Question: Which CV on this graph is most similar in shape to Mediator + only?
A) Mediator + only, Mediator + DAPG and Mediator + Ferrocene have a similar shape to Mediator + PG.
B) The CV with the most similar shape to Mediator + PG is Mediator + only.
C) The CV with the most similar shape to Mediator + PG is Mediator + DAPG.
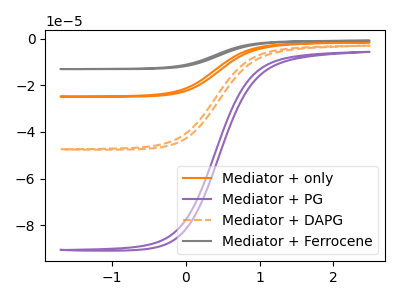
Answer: <think>The orange curve "Mediator + only" has no peaks. The purple curve "Mediator + PG" has no peaks. The orange dashed curve "Mediator + DAPG" has no peaks. The gray curve "Mediator + Ferrocene" has no peaks.
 Neither "Mediator + only" or "Mediator + PG" have any peaks. Neither "Mediator + only" or "Mediator + DAPG" have any peaks. Neither "Mediator + only" or "Mediator + Ferrocene" have any peaks. Neither "Mediator + PG" or "Mediator + DAPG" have any peaks. Neither "Mediator + PG" or "Mediator + Ferrocene" have any peaks. Neither "Mediator + DAPG" or "Mediator + Ferrocene" have any peaks.</think>
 <answer>A) "Mediator + only", "Mediator + DAPG" and "Mediator + Ferrocene" have a similar shape to "Mediator + PG".</answer>
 <eval>A</eval>